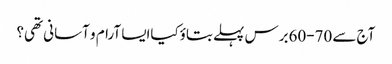
آج سے 70-60برس پہلے بتاؤکیاایسا آرام و آسانی تھی؟